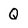
Character: Q